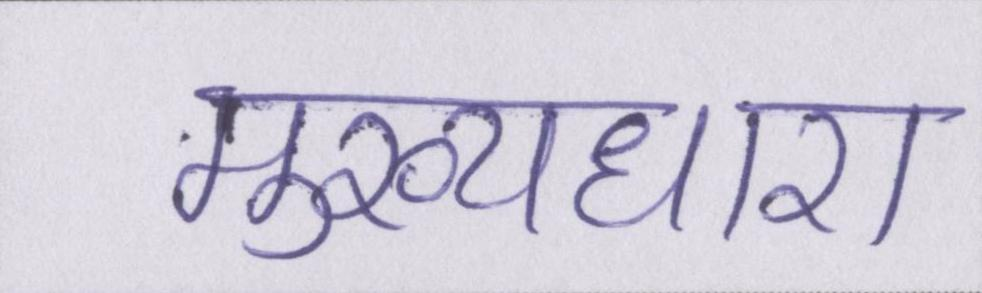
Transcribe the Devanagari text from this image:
मुख्यधारा